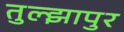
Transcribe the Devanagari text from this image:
तुल्झापुर